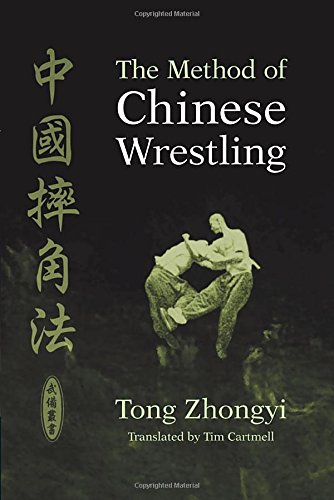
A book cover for The Method of Chinese Wrestling; Tong Zhongyi; Sports & Outdoors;